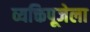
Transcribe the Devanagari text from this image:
व्यक्तिपूजेला